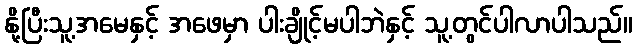
နို့ပြီးသူ့အမေနှင့် အဖေမှာ ပါးချိုင့်မပါဘဲနှင့် သူ့တွင်ပါလာပါသည်။